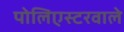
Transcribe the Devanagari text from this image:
पोलिएस्टरवाले